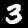
Label: 3